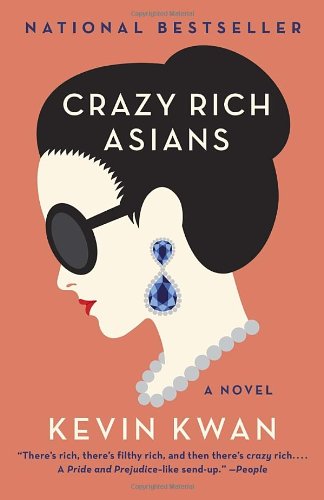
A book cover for Crazy Rich Asians; Kevin Kwan; Literature & Fiction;